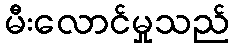
မီးလောင်မှုသည်